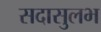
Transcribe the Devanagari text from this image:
सदासुलभ